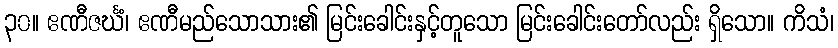
၃၀။ ဧဏီဇင်္ဃံ၊ ဧဏီမည်သောသား၏ မြင်းခေါင်းနှင့်တူသော မြင်းခေါင်းတော်လည်း ရှိသော။ ကိသံ၊